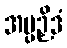
အပ္ပဉှိဒံ